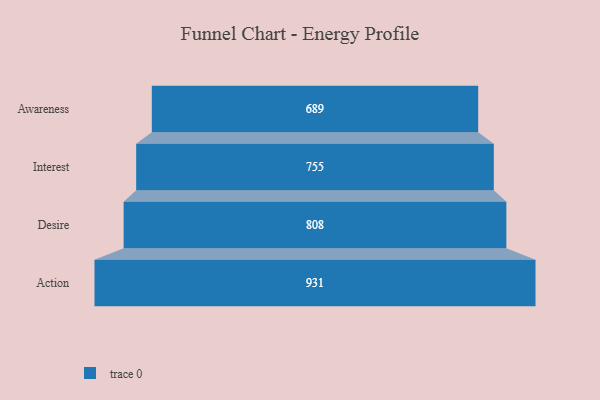
{"axis": {"x": "Stage", "y": "Value"}, "legend": [""], "data": [{"x": "Awareness", "y": 689.0, "type": ""}, {"x": "Interest", "y": 755.0, "type": ""}, {"x": "Desire", "y": 808.0, "type": ""}, {"x": "Action", "y": 931.0, "type": ""}]}